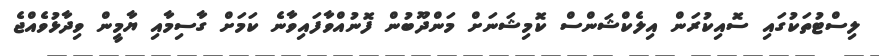
ލިސްޓުތަކުގައި ސޮއިކުރަން އިލެކްޝަންސް ކޮމިޝަނަށް މަންދޫބުން ފޮނުއްވާފައިވާނެ ކަމަށް ގާސިމާއި ޔާމީން ވިދާޅުވެއްޖެ